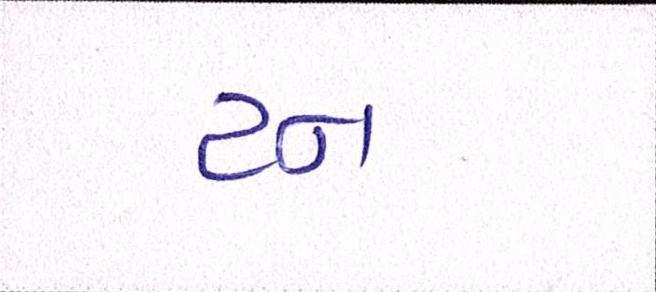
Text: ટન